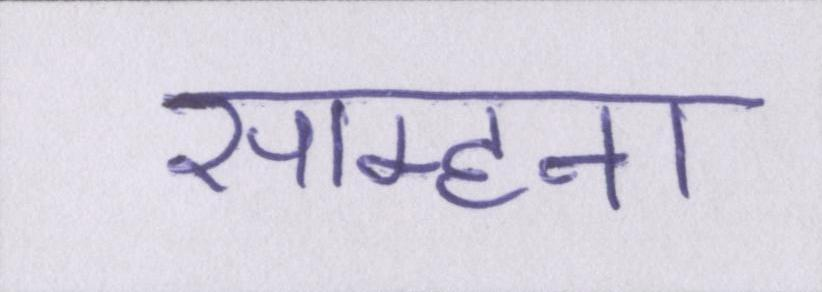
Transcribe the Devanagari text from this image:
साम्हना